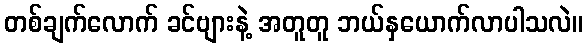
တစ်ချက်လောက် ခင်ဗျားနဲ့ အတူတူ ဘယ်နှယောက်လာပါသလဲ။